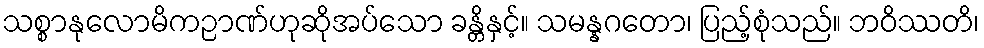
သစ္စာနုလောမိကဉာဏ်ဟုဆိုအပ်သော ခန္တိနှင့်။ သမန္နဂတော၊ ပြည့်စုံသည်။ ဘဝိဿတိ၊